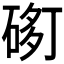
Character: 𱍢